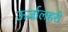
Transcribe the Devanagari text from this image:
ऊर्जालहरी